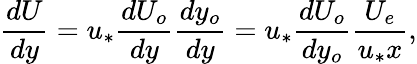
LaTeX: \frac{dU}{dy}=u_{*}\frac{dU_{o}}{dy}\frac{dy_{o}}{dy}=u_{*}\frac{dU_{o}}{dy_{o}}\frac{U_{e}}{u_{*}x},